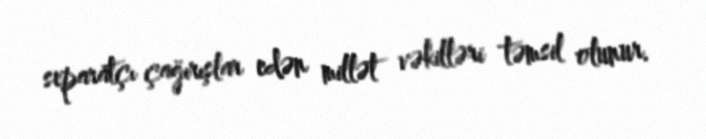
separatçı çağırışlar edən millət vəkilləri təmsil olunur.